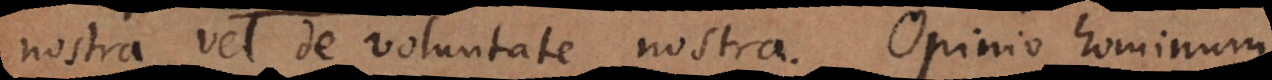
nostra vel de voluntate nostra. Opinio hominum